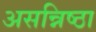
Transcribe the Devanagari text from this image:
असन्निष्ठा